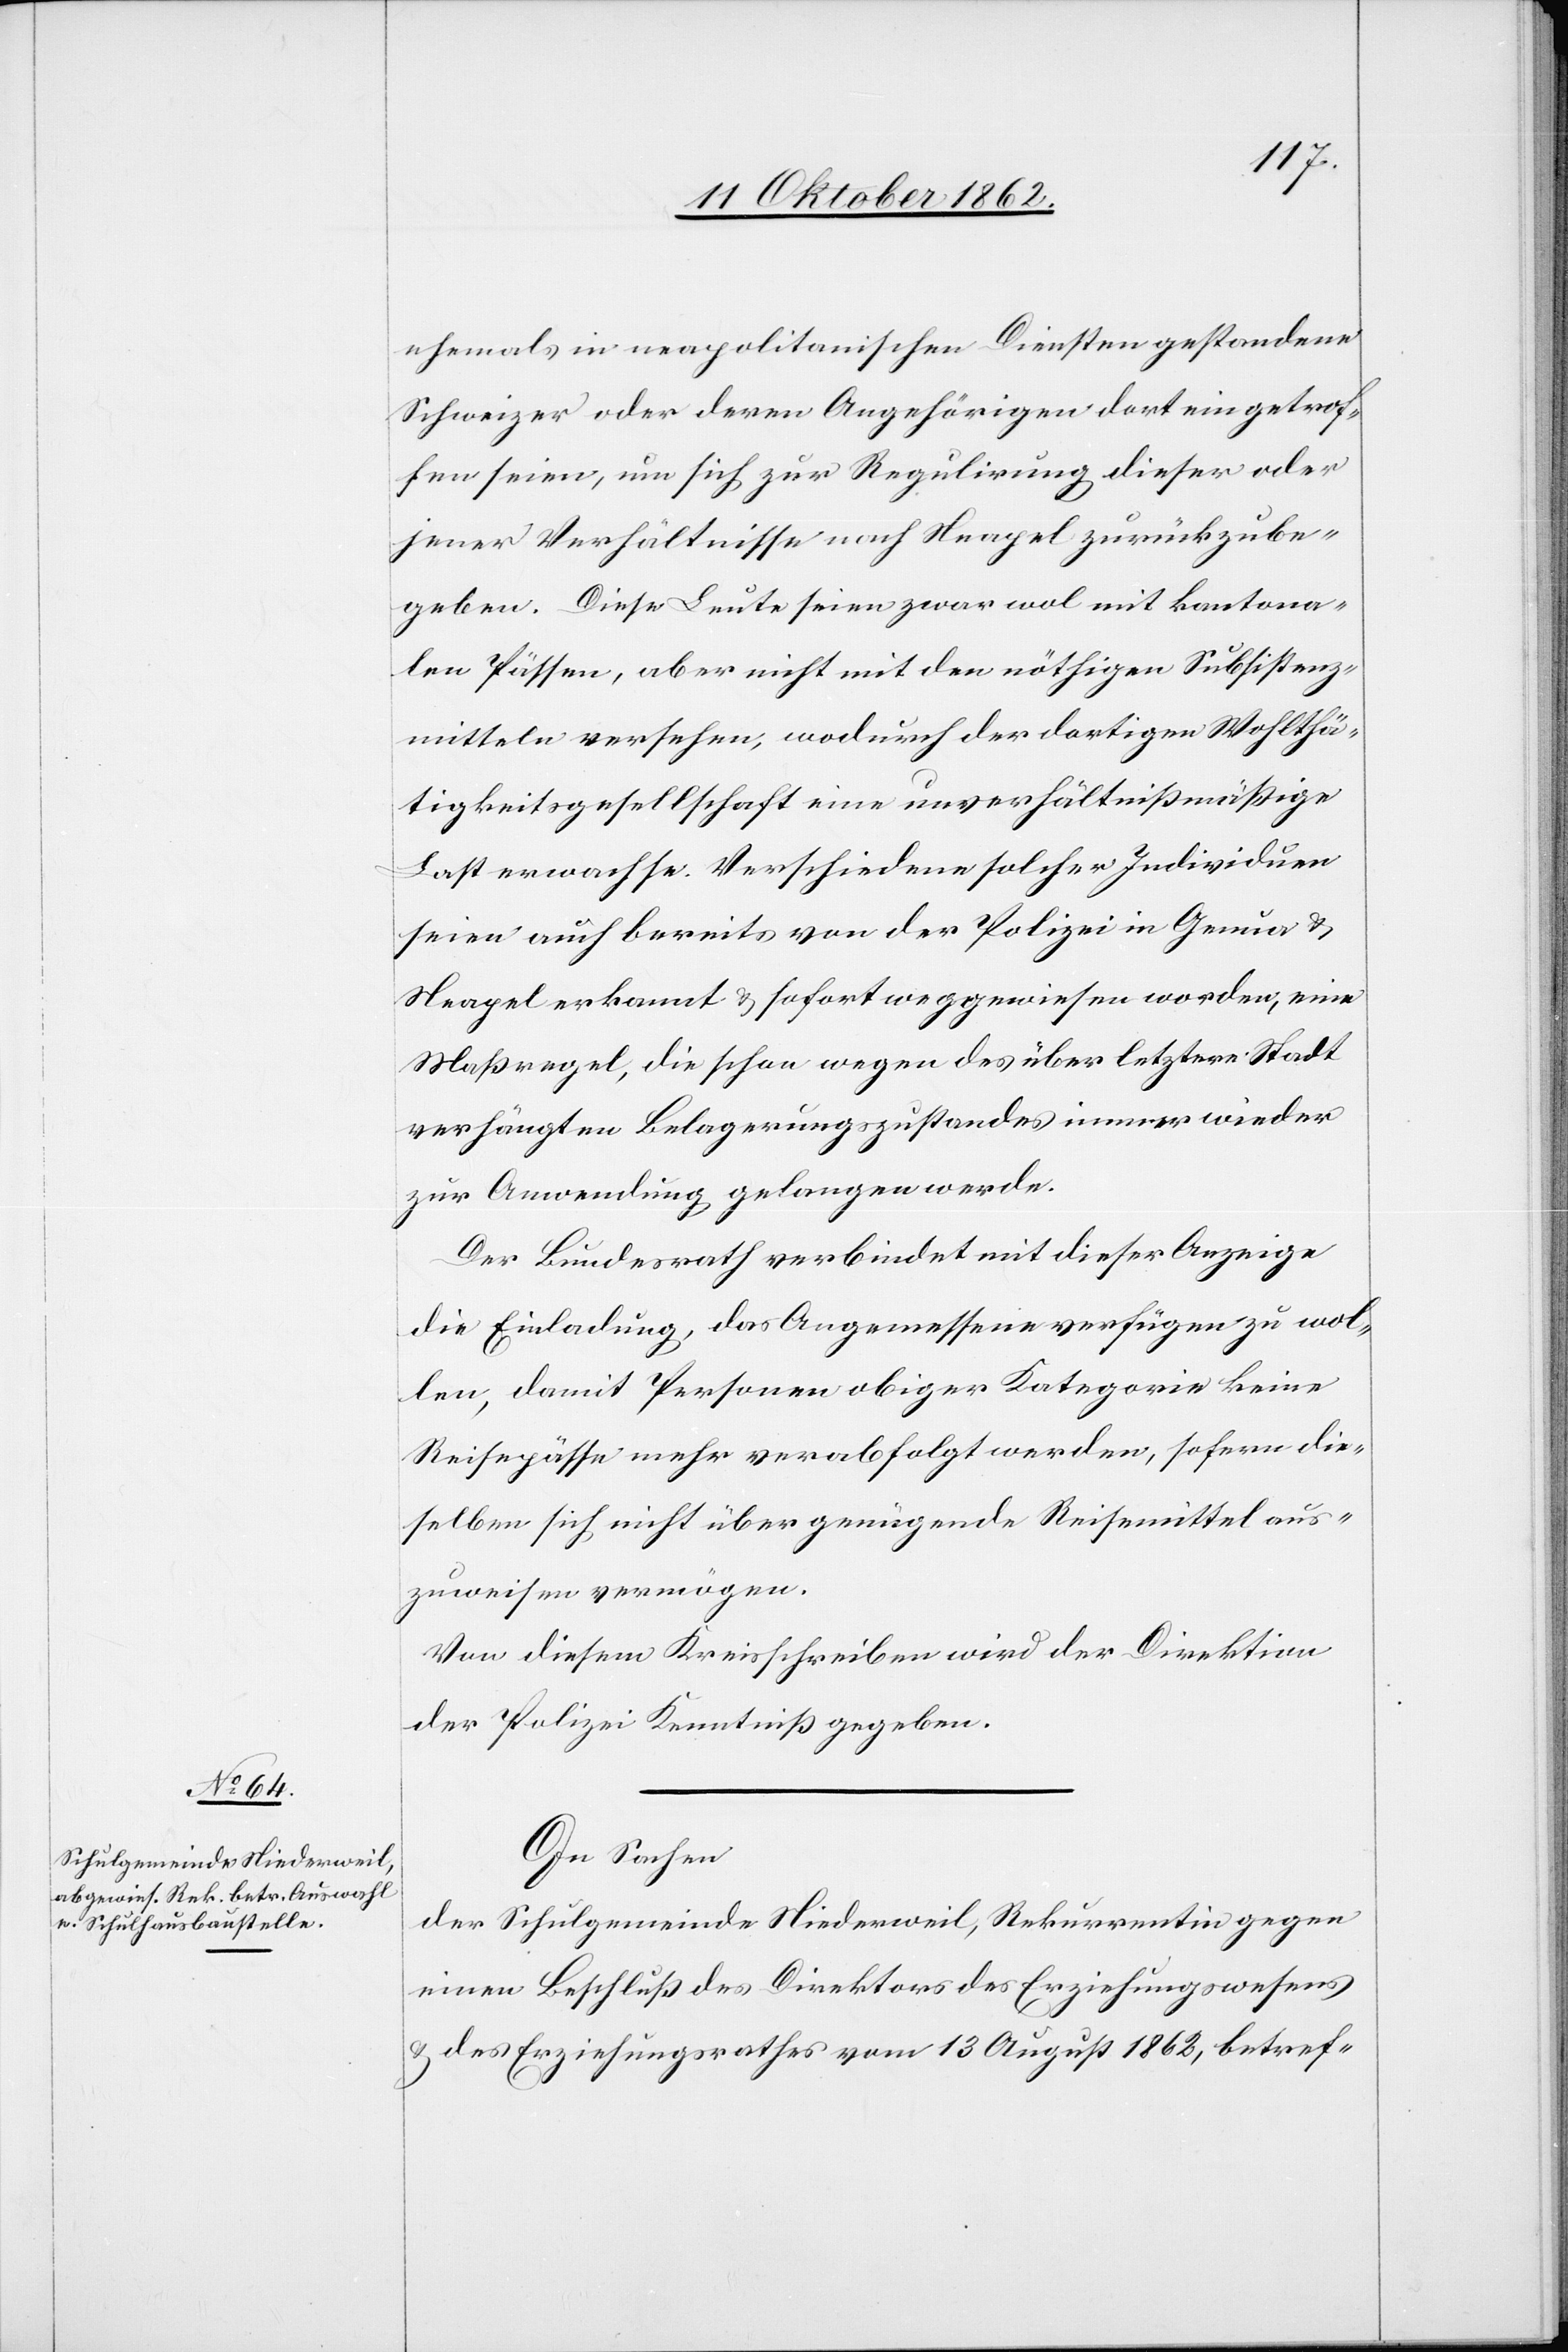
ehemals in neapolitanischen Diensten gestandene
Schweizer oder deren Angehörigen dort ein getrof¬
fen seien, um sich zur Regulirung dieser oder
jener Verhältnisse nach Neapel zurückzube¬
geben. Diese Leute seien zwar wol mit kantona¬
len Pässen, aber nicht mit den nöthigen Subsistenz¬
mitteln versehen, wodurch der dortigen Wohlthä¬
tigkeitsgesellschaften eine unverhältnißmäßige
Last erwachse. Verschiedene solcher Individuen
seien auch bereits von der Polizei in Genau u.
Neapel erkannt u. sofort weggewiesen worden, eine
Maßregel, die schon wegen des über letztere Stadt
verhängten Belagerungszustandes immer wieder
zur Anwendung gelangen werde.
Der Bundesrath verbindet mit dieser Anzeige
die Einladung, daß Angemessene verfügen zuwol¬
len, damit Personen obiger Kategorie keine
Reisepässe mehr verabfolgt werden, sofern die¬
selben sich nicht über genügende Reisemittel aus¬
zuweisen vermögen.
Von diesem Kreisschreiben wird der Direktion
der Polizei Kenntniß gegeben.
In Sachen
der Schulgemeinde Niederweil, Rekurrentin gegen
einen Beschluß des Direktors des Erziehungswesens
u. des Erziehungsrathes vom 13. August 1862, betref-